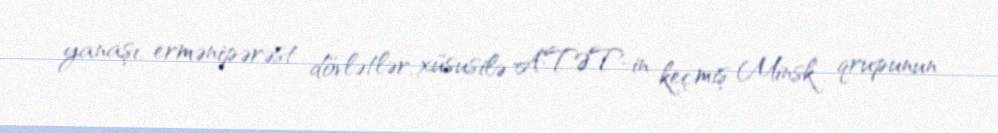
yanaşı, ermənipərəst dövlətlər, xüsusilə ATƏT-in keçmiş Minsk qrupunun